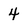
Character: 4